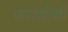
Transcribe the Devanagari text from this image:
फरांसीसी